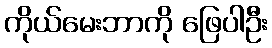
ကိုယ်မေးဘာကို ဖြေပါဦး